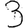
Digit: 3